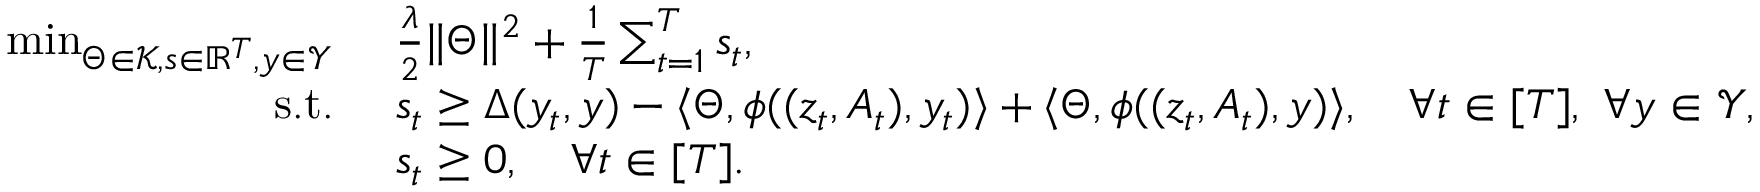
\begin{array} { r l } { \operatorname* { m i n } _ { \Theta \in \mathcal { K } , s \in \mathbb { R } ^ { T } , y \in \mathcal { Y } } \ } & { \frac { \lambda } { 2 } \| \Theta \| ^ { 2 } + \frac { 1 } { T } \sum _ { t = 1 } ^ { T } s _ { t } , } \\ { \mathrm { s . t . ~ } } & { s _ { t } \geq \Delta ( y _ { t } , y ) - \langle \Theta , \phi ( ( z _ { t } , A _ { t } ) , y _ { t } ) \rangle + \langle \Theta , \phi ( ( z _ { t } , A _ { t } ) , y ) \rangle , \quad \forall t \in [ T ] , \ \forall y \in \mathcal { Y } , } \\ & { s _ { t } \geq 0 , \quad \forall t \in [ T ] . } \end{array}